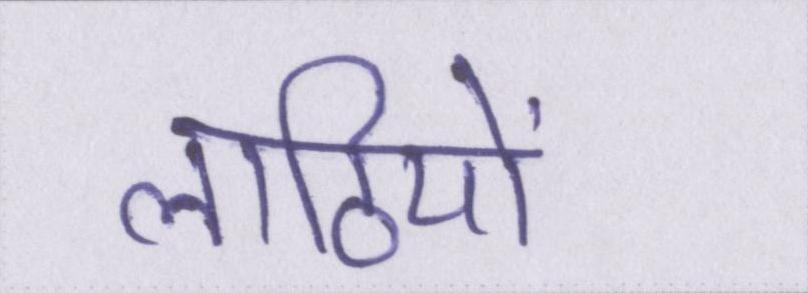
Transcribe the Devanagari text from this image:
लाठियों